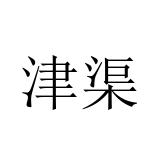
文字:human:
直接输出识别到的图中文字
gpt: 津渠